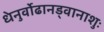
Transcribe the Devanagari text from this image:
धेनुर्वोढानड्वानाशुः